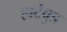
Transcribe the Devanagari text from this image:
हार्टवुड